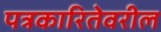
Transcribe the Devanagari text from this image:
पत्रकारितेवरील